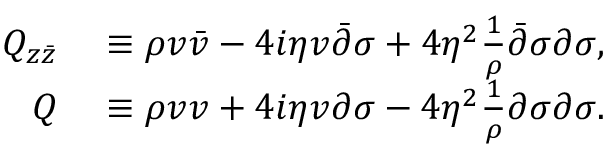
\begin{array} { r l } { Q _ { z \bar { z } } } & { { } \equiv \rho v \bar { v } - 4 i \eta v \bar { \partial } \sigma + 4 \eta ^ { 2 } \frac { 1 } { \rho } \bar { \partial } \sigma \partial \sigma , } \\ { Q } & { { } \equiv \rho v v + 4 i \eta v \partial \sigma - 4 \eta ^ { 2 } \frac { 1 } { \rho } \partial \sigma \partial \sigma . } \end{array}